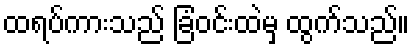
ထရပ်ကားသည် ခြံဝင်းထဲမှ ထွက်သည်။